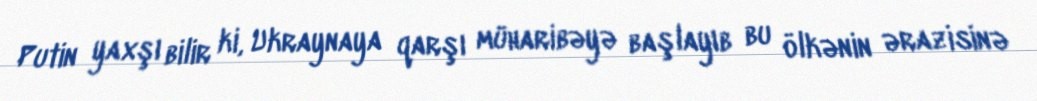
Putin yaxşı bilir ki, Ukraynaya qarşı müharibəyə başlayıb bu ölkənin ərazisinə